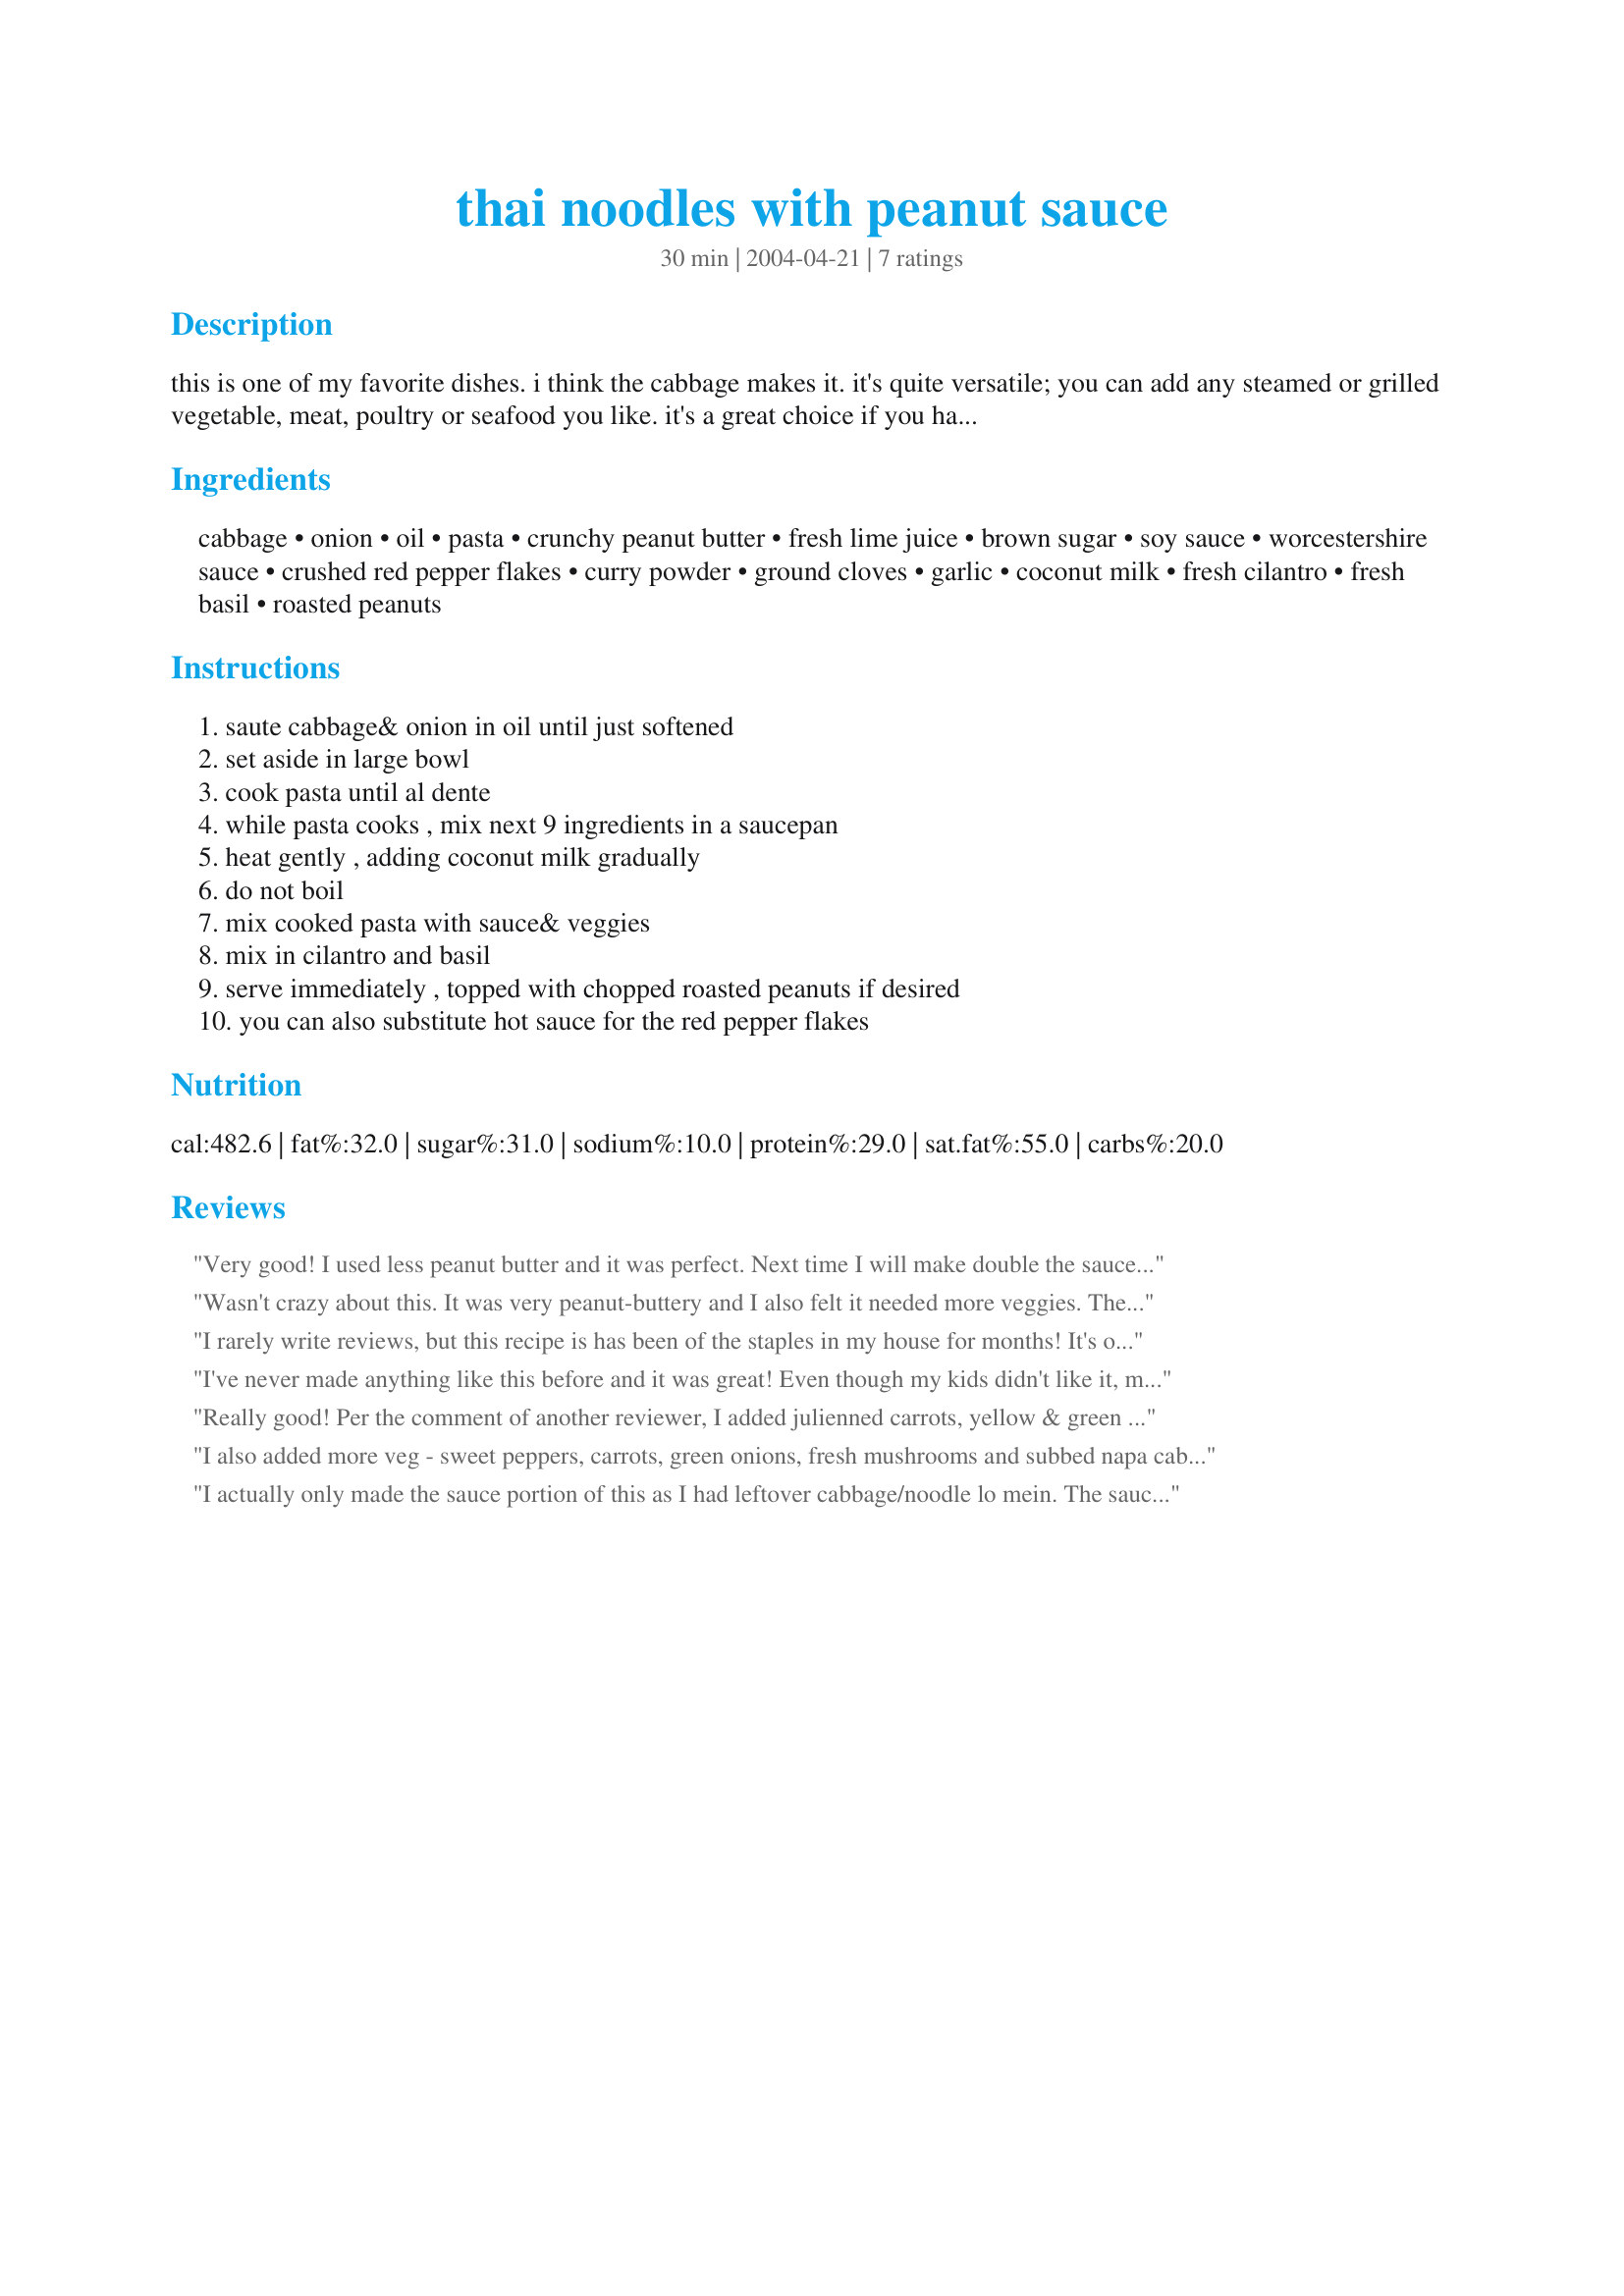
thai noodles with peanut sauce
Preparation time: 30 minutes

this is one of my favorite dishes. i think the cabbage makes it. it's quite versatile; you can add any steamed or grilled vegetable, meat, poultry or seafood you like. it's a great choice if you have to cook for both vegetarians and non vegetarians at the same time ... make the dish as is, add some steamed vegetables on top of the noodle before pouring on the sacue, grill some marinated meat, poultry, etc. on place that over the sauce for non-vegetarian servings. i very often make it with dried herbs if i don't have the fresh on-hand, and it's still wonderful. since coconut milk usually comes in 15 ounce cans, i'll use the whole can and double all the other ingredients except the pasta and vegetables. then i'll use the sauce on other things. you can even use it as a salad dressing. the time includes all the cooking, but if you decide to just make the sauce itself, that takes almost no work and very little time,less than 10 minutes. i got the recipe at a site called the internet chef.

Ingredients:
cabbage, onion, oil, pasta, crunchy peanut butter, fresh lime juice, brown sugar, soy sauce, worcestershire sauce, crushed red pepper flakes, curry powder, ground cloves, garlic, coconut milk, fresh cilantro, fresh basil, roasted peanuts

Steps:
saute cabbage& onion in oil until just softened, set aside in large bowl, cook pasta until al dente, while pasta cooks , mix next 9 ingredients in a saucepan, heat gently , adding coconut milk gradually, do not boil, mix cooked pasta with sauce& veggies, mix in cilantro and basil, serve immediately , topped with chopped roasted peanuts if desired, you can also substitute hot sauce for the red pepper flakes

Reviews:
Very good! I used less peanut butter and it was perfect. Next time I will make double the sauce and add veggies. Can't wait to eat the leftovers for lunch tomorrow!
Wasn't crazy about this. It was very peanut-buttery and I also felt it needed more veggies. The cabbage and onion alone weren't enough. I did add some chicken which helped a little bit and my sauce came out nice and thick, but the flavor and texture just wasn't the greatest.
I rarely write reviews, but this recipe is has been of the staples in my house for months! It's outstanding! Yes, lots of ingredients but worth the mess! I usually add a shredded grocery store rotiserrie chicken and call it dinner. I even use this one for entertaining!
Thanks - Fantastic Recipe!
I've never made anything like this before and it was great! Even though my kids didn't like it, my husband and I thought it was great. The sauce was a little thin... maybe I'll use less coconut milk next time. Will definitely make again! Would be great with shrimp!
Really good! Per the comment of another reviewer, I added julienned carrots, yellow & green squash to the veggies, which gave the dish some much needed color. The flavor of the sauce was mellow, but really tasty. I'm glad it didn't really have an overwhelming peanut butter flavor. The chopped peanuts add some interesting crunch - I wouldn't omit them. All in all, a wonderful introduction to thai food.
I also added more veg - sweet peppers, carrots, green onions, fresh mushrooms and subbed napa cabbage. It turned out fantastic! Thanks for the recipe - a true keeper!
I actually only made the sauce portion of this as I had leftover cabbage/noodle lo mein. The sauce is very smooth and creamy and even with low-fat coconut milk it has a rich flavor. It has a more mellow flavor than I usually associate with Thai food but that worked well for me today and I can always kick the heat up another time if necessary. The sauce was thin, but that may have been due to the low-fat coconut milk. It worked fine anyway ~ I served it over the cabbage/noodles, basmati rice, and tofu cubes, and then used it as a dipping sauce for some Thai shrimp spring rolls. This was a quick and easy Thai fix and I can already tell it will become a lunch staple around here. Thanks for posting!
